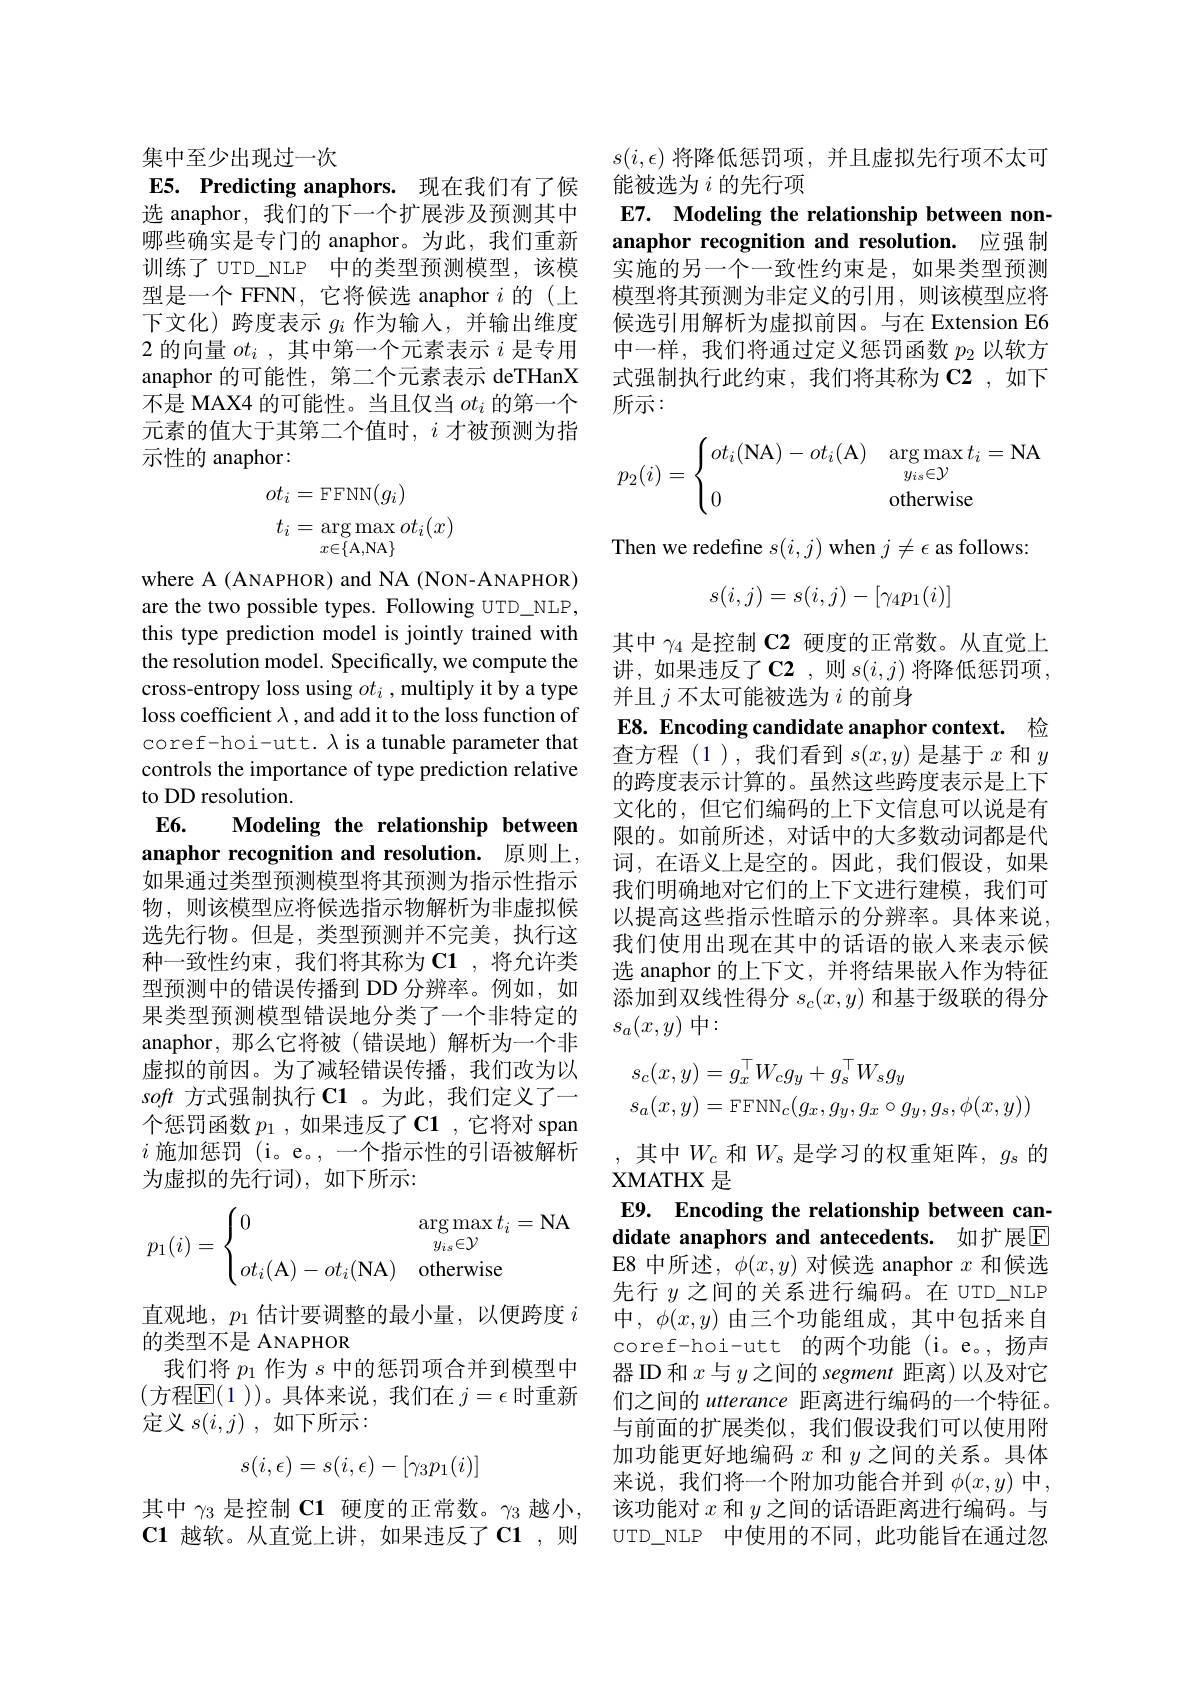
集中至少出现过一次
E5. Predicting anaphors. 现在我们有了候选 anaphor, 我们的下一个扩展涉及预测其中哪些确实是专门的 anaphor。为此，我们重新训练了 UTD\_NLP 中的类型预测模型，该模型是一个 FFNN, 它将候选 anaphor $i$的(上下文化) 跨度表示$g_i$作为输入，并输出维度2 的 向 量 $ot_i$ , 其 中 第 一 个 元 素 表 示 $i$ 是 专 用 中 一 样 , 我 们 将 通 过 定 义 惩 罚 函 数 $p_2$ 以 软 方 anaphor 的 可 能 性 , 第 二 个 元 素 表 示 deTHanX式 强 制 执 行 此 约 束 , 我 们 将 其 称 为 C2 ,如下
不是 MAX4 的可能性。当且仅当$ot_i$的第一个元素的值大于其第二个值时，$i$才被预测为指示性的 anaphor:
$$\begin{aligned}ot_i&=\operatorname{FFNN}(g_i)\\t_i&=\operatorname{arg}\max_{x\in\{\text{A,NA}\}}ot_i(x)\end{aligned}$$
where A (ANAPHOR) and NA (NON-ANAPHOR) are the two possible types. Following UTD\_NLP, this type prediction model is jointly trained with the resolution model. Specifically, we compute the cross-entropy loss using $ot_i$ ,multiply it by a type loss coefficient $\lambda$ , and add it to the loss function of coref-hoi-utt. $\lambda$ is a tunable parameter that controls the importance of type prediction relative to DD resolution.
E6. Modeling the relationship between anaphor recognition and resolution. 原则上， 如果通过类型预测模型将其预测为指示性指示物，则该模型应将候选指示物解析为非虚拟候选先行物。但是，类型预测并不完美，执行这种一致性约束，我们将其称为 C1 ,将允许类型预测中的错误传播到 DD 分辨率。例如，如果类型预测模型错误地分类了一个非特定的anaphor,那么它将被(错误地)解析为一个非虚拟的前因。为了减轻错误传播，我们改为以soft方式强制执行 C1 。为此，我们定义了一个惩罚函数$p_1$ ,如果违反了C1 ,它将对 span $i$施加惩罚 (i。e。,一个指示性的引语被解析为虚拟的先行词),如下所示：
$$p_1(i)=\begin{cases}0&\arg\max_{y_{is}\in\mathcal{Y}}t_i=\text{NA}\\ot_i(\text{A})-ot_i(\text{NA})&\text{otherwise}\end{cases}$$
直观地，$p_1$估计要调整的最小量，以便跨度$i$
的类型不是 ANAPHOR
我们将$p_1$作为$s$中的惩罚项合并到模型中(方程$\mathbb{E}(1))$。具体来说，我们在 $j=\epsilon$ 时重新定义$s( i, j)$ ,如下所示：
$$s(i,\epsilon)=s(i,\epsilon)-[\gamma_3p_1(i)]$$
其中$\gamma_{3}$是控制 C1 硬度的正常数。$\gamma_{3}$越小，该功能对$x$和$y$之间的话语距离进行编码。与
$\textbf{C1 越 软 。从 直 觉 上 讲 , 如 果 违 反 了 C1}$,则

$s(i,\epsilon)$将降低惩罚项，并且虚拟先行项不太可
能被选为$i$的先行项

# E7. Modeling the relationship between nonanaphor recognition and resolution. 应强制

实施的另一个一致性约束是，如果类型预测模型将其预测为非定义的引用，则该模型应将候选引用解析为虚拟前因。与在 Extension E6所示：
$$p_2(i)=\begin{cases}ot_i(\text{NA})-ot_i(\text{A})&\arg\max t_i=\text{NA}\\[2ex]0&\text{otherwise}\end{cases}$$
$$s(i,j)=s(i,j)-[\gamma_4p_1(i)]$$
E8. Encoding candidate anaphor context. 检

其中$\gamma_{4}$是控制 C2 硬度的正常数。从直觉上讲，如果违反了C2 ,则 $s(i,j)$ 将降低惩罚项， 并且$j$不太可能被选为$i$的前身
查方程(1),我们看到$s(x,y)$是基于$x$和$y$ 的跨度表示计算的。虽然这些跨度表示是上下文化的，但它们编码的上下文信息可以说是有限的。如前所述，对话中的大多数动词都是代词，在语义上是空的。因此，我们假设，如果我们明确地对它们的上下文进行建模，我们可以提高这些指示性暗示的分辨率。具体来说， 我们使用出现在其中的话语的嵌人来表示候选 anaphor 的上下文，并将结果嵌入作为特征添加到双线性得分$s_c(x,y)$和基于级联的得分$s_a(x,y)$ 中：
$$\begin{aligned}s_c(x,y)&=g_x^\top W_cg_y+g_s^\top W_sg_y\\s_a(x,y)&=\text{FFNN}_c(g_x,g_y,g_x\circ g_y,g_s,\phi(x,y))\end{aligned}$$
E9. Encoding the relationship between candidate anaphors and antecedents. 如扩展E E8 中所述，$\phi(x,y)$对候选 anaphor $x$和候选

, 其中$W_c$ 和$W_s$ 是学习的权重矩阵$,g_s$ 的
XMATHX是
先行$y$之间的关系进行编码。在 UTD\_NLP 中，$\phi(x,y)$由三个功能组成，其中包括来自coref-hoi-utt 的两个功能 (i。e。, 扬声器 ID 和$x$与$y$之间的 segment 距离)以及对它们之间的 utterance 距离进行编码的一个特征。与前面的扩展类似，我们假设我们可以使用附加功能更好地编码$x$和$y$之间的关系。具体来说，我们将一个附加功能合并到 $\phi(x,y)$ 中， UTD\_NLP 中使用的不同，此功能旨在通过忽